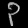
Digit: ၃